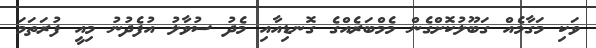
ވަކި މަގާމެއް ގަބޫލުކޮށްގެން މެމްބަރެއްގެ ގޮނޑިއާއި މެދު ސުވާލު އުފެދުނު މިއީ ފުރަތަމަ